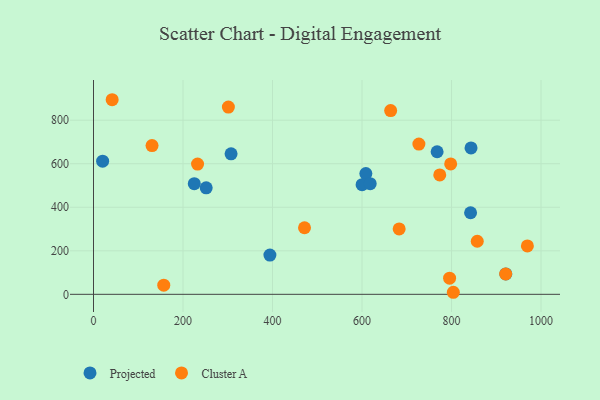
{"axis": {"x": "Ad Spend", "y": "Demand"}, "legend": ["Cluster A", "Projected"], "data": [{"x": "608.6", "y": 554.8, "type": "Projected"}, {"x": "600.2", "y": 503.6, "type": "Projected"}, {"x": "843.6", "y": 672.6, "type": "Projected"}, {"x": "921.3", "y": 93.5, "type": "Projected"}, {"x": "618.3", "y": 508.4, "type": "Projected"}, {"x": "251.8", "y": 489.3, "type": "Projected"}, {"x": "767.8", "y": 655.0, "type": "Projected"}, {"x": "20.4", "y": 611.9, "type": "Projected"}, {"x": "842.6", "y": 374.7, "type": "Projected"}, {"x": "394.2", "y": 180.4, "type": "Projected"}, {"x": "307.4", "y": 645.6, "type": "Projected"}, {"x": "225.2", "y": 508.4, "type": "Projected"}, {"x": "301.4", "y": 860.1, "type": "Cluster A"}, {"x": "773.7", "y": 548.7, "type": "Cluster A"}, {"x": "41.7", "y": 894.1, "type": "Cluster A"}, {"x": "921.0", "y": 93.4, "type": "Cluster A"}, {"x": "471.5", "y": 305.9, "type": "Cluster A"}, {"x": "804.0", "y": 9.4, "type": "Cluster A"}, {"x": "157.0", "y": 42.2, "type": "Cluster A"}, {"x": "969.5", "y": 222.4, "type": "Cluster A"}, {"x": "664.0", "y": 844.4, "type": "Cluster A"}, {"x": "727.1", "y": 690.3, "type": "Cluster A"}, {"x": "130.8", "y": 683.4, "type": "Cluster A"}, {"x": "683.0", "y": 300.7, "type": "Cluster A"}, {"x": "798.1", "y": 598.9, "type": "Cluster A"}, {"x": "795.7", "y": 74.2, "type": "Cluster A"}, {"x": "857.5", "y": 243.8, "type": "Cluster A"}, {"x": "232.5", "y": 598.3, "type": "Cluster A"}]}